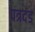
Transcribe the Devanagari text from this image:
पत्रदंड